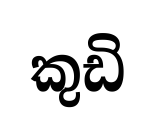
කුඩි